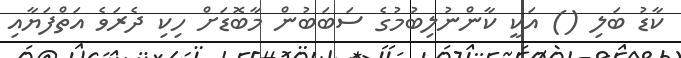
ކާޑު ބަލި () އަކީ ކާންނުލިބުމުގެ ސަބަބުން މާބޮޑަށް ހިކި ދެރަވެ އަތްފަޔާއި